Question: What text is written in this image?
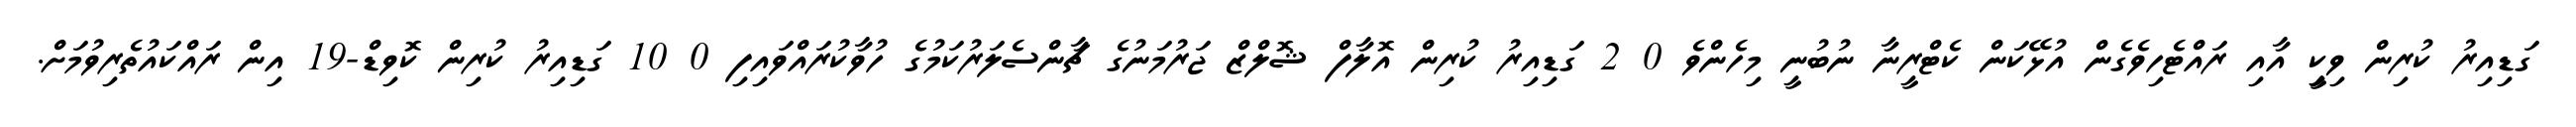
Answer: ގަޑިއިރު ކުރިން ވިކީި އާއި ރައްޓެހިވެގެން އުޅޭކަން ކެޓްރީނާ ނުބުނީ މިހެންވެ 0 2 ގަޑިއިރު ކުރިން އޮލާފް ޝޮލްޒް ޖަރުމަނުގެ ޗާންސެލަރުކަމުގެ ހުވާކުރައްވައިފި 0 10 ގަޑިއިރު ކުރިން ކޮވިޑް-19 އިން ރައްކައުތެރިވުމަށް.